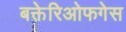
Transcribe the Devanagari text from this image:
बक्तेरिओफगेस